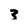
Character: 3